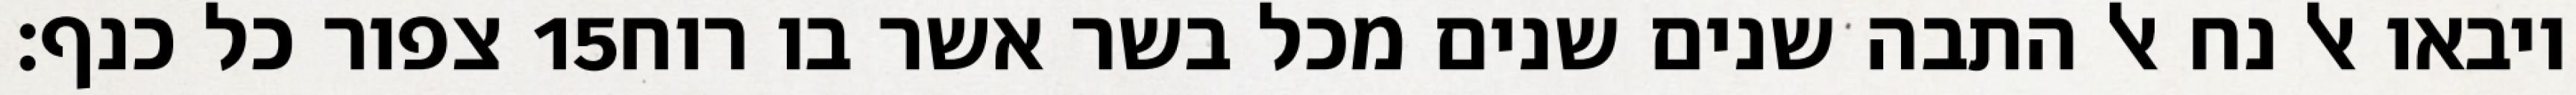
צפור כל כנף׃ ‎15‏ ויבאו אל נח אל התבה שנים שנים מכל בשר אשר בו רוח